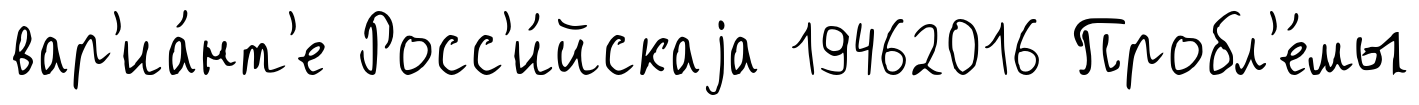
вар'иа́нт'е Росс'и́йскаjа 19462016 Пробл'е́мы